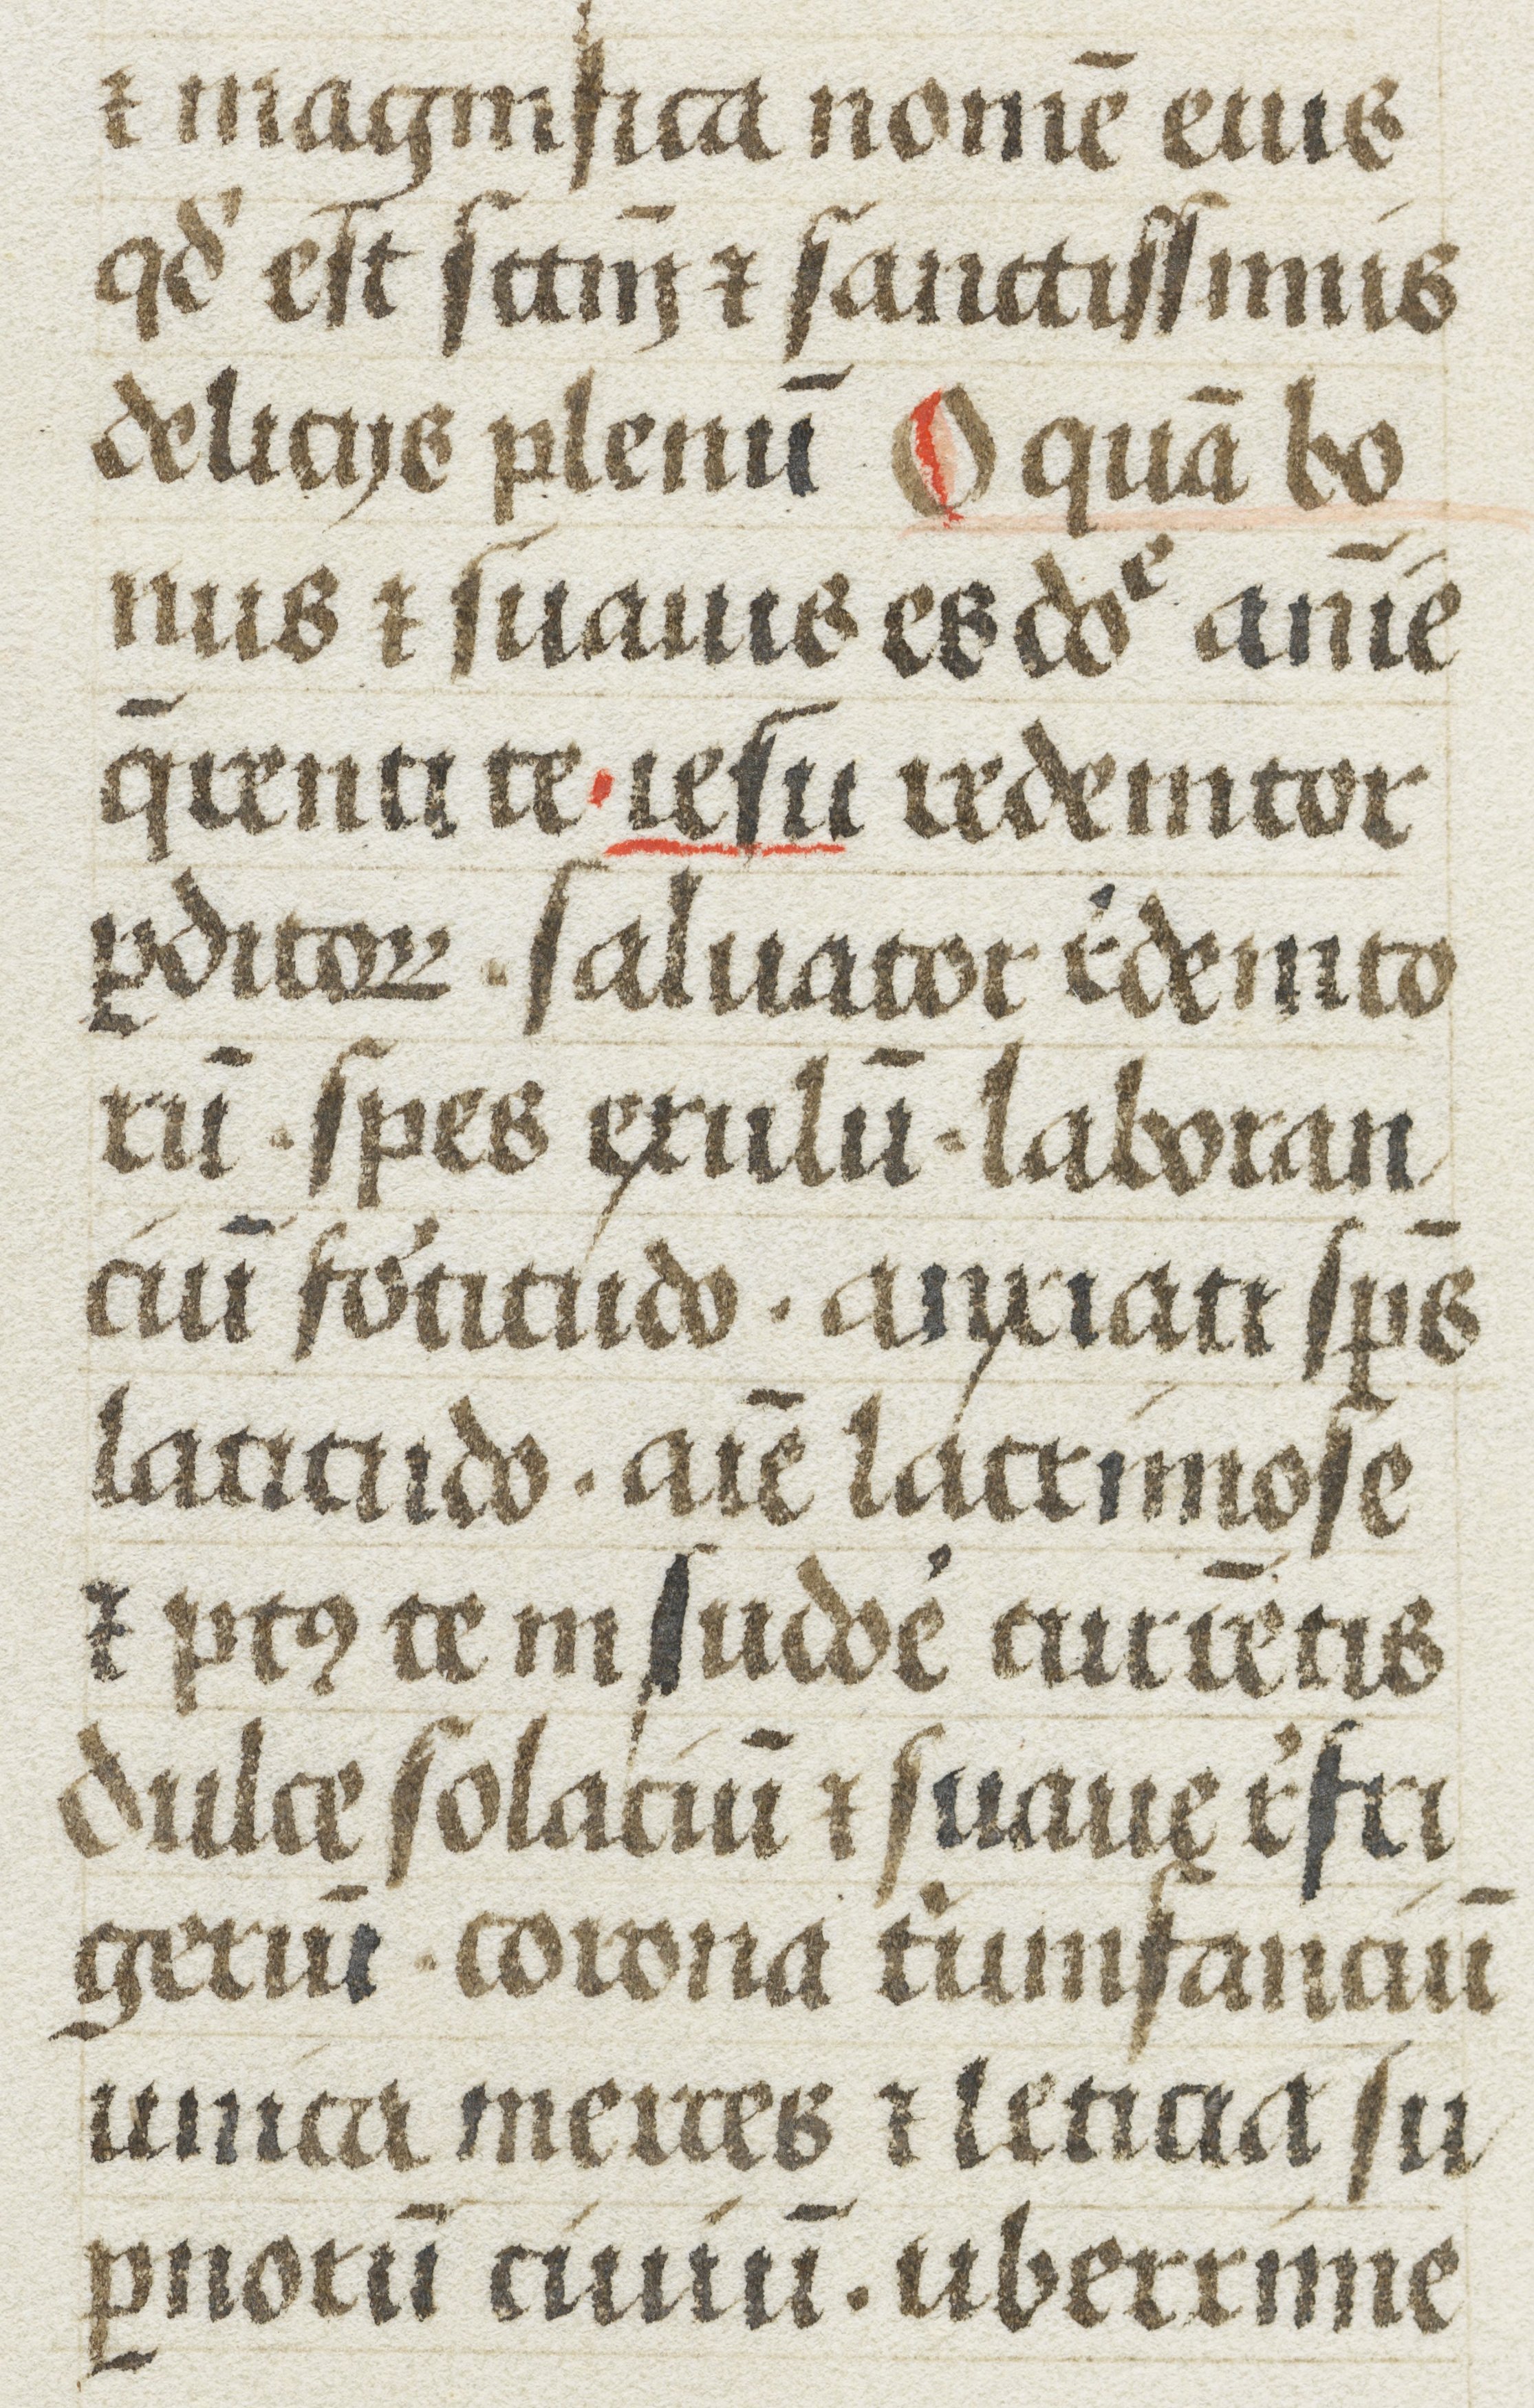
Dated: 1480–1480